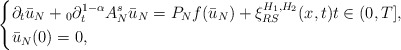
\begin{align*}\left \{\begin{aligned}&\partial_{t}\bar{u}_{N}+{}_{0}\partial^{1-\alpha}_{t}A^{s}_{N}\bar{u}_{N}=P_{N}f(\bar{u}_{N})+\xi^{H_{1},H_{2}}_{RS}(x,t)t\in(0,T],\\&\bar{u}_{N}(0)=0,\end{aligned}\right .\end{align*}